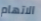
الاتهام